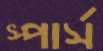
স্পার্স